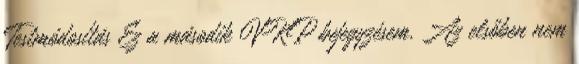
Testmódosítás Ez a második VKP bejegyzésem. Az elsőben nem